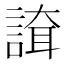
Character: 𧪇